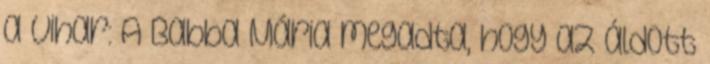
a vihar: A Babba Mária megadta, hogy az áldott